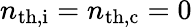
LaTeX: n_{\mathrm{th,i}}=n_{\mathrm{th,c}}=0